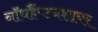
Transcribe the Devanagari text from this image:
नॉथहैंप्टनशायर